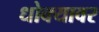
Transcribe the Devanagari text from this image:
धोक्यावर